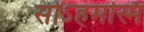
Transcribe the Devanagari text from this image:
सोऽहमस्मि